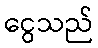
ငွေသည်